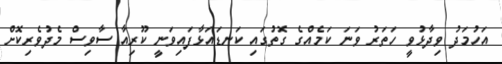
އަހުމަދު ވިދާޅުވީ ހަތަރު ވަނަ ކަމެއްގެ ގޮތުގައި ކަނޑައަޅާފައިވަނީ ކޫރިއާ ސާވިސް މެދުވެރިކޮށް